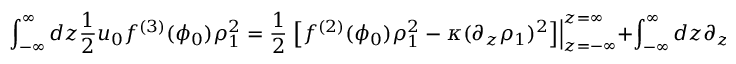
\int _ { - \infty } ^ { \infty } d z \frac { 1 } { 2 } u _ { 0 } f ^ { ( 3 ) } ( \phi _ { 0 } ) \rho _ { 1 } ^ { 2 } = \frac { 1 } { 2 } \left. \left[ f ^ { ( 2 ) } ( \phi _ { 0 } ) \rho _ { 1 } ^ { 2 } - \kappa ( \partial _ { z } \rho _ { 1 } ) ^ { 2 } \right] \right\vert _ { z = - \infty } ^ { z = \infty } + \int _ { - \infty } ^ { \infty } d z \partial _ { z } \rho _ { 1 } \hat { L } _ { z } \rho _ { 1 } .